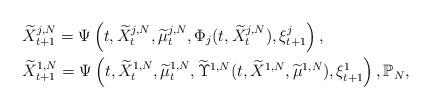
LaTeX: \begin{align*}& \widetilde X^{j,N}_{t+1}= \Psi\left(t, \widetilde X^{j,N}_t, \widetilde\mu^{j,N}_t,\Phi_j(t,\widetilde X^{j,N}_t),\xi^j_{t+1}\right), \\ & \widetilde X^{1,N}_{t+1}= \Psi\left(t,\widetilde X^{1,N}_t, \widetilde \mu^{1,N}_t, \widetilde \Upsilon^{1,N}(t,\widetilde X^{1,N}, \widetilde \mu^{1,N}),\xi^1_{t+1}\right), \mathbb{P}_N,\end{align*}